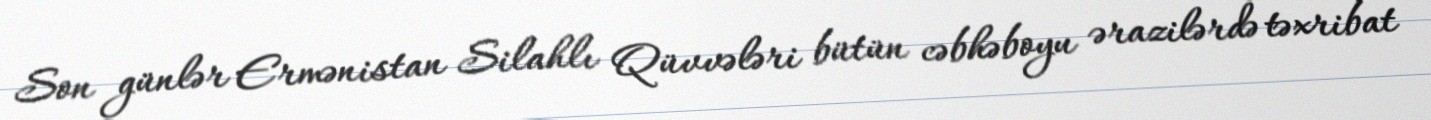
Son günlər Ermənistan Silahlı Qüvvələri bütün cəbhəboyu ərazilərdə təxribat